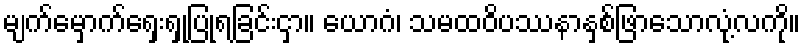
မျက်မှောက်ရှေးရှုပြုရခြင်းငှာ။ ယောဂံ၊ သမထဝိပဿနာနှစ်ဖြာသောလုံ့လကို။